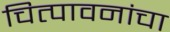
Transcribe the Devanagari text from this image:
चित्पावनांचा